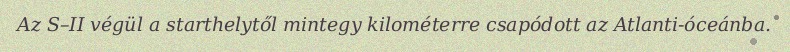
Az S–II végül a starthelytől mintegy kilométerre csapódott az Atlanti-óceánba.